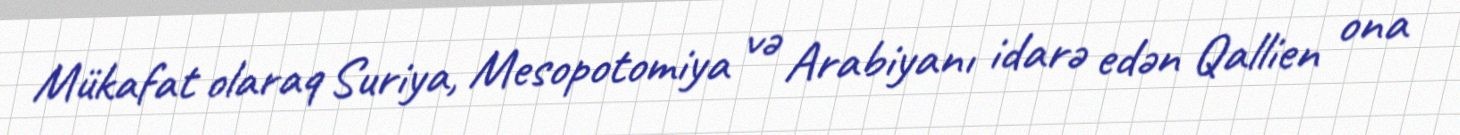
Mükafat olaraq Suriya, Mesopotomiya və Arabiyanı idarə edən Qallien ona